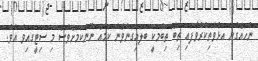
ނުހައްގުން އަޅުވެތިކުރުވާފައި ތިބޭ ތިބުމަކީ ބަލައިގަނެވޭނެ ކަމެއް ނޫންކަމަށްވެސް މި ސިޓީގައިވެ އެވެ.